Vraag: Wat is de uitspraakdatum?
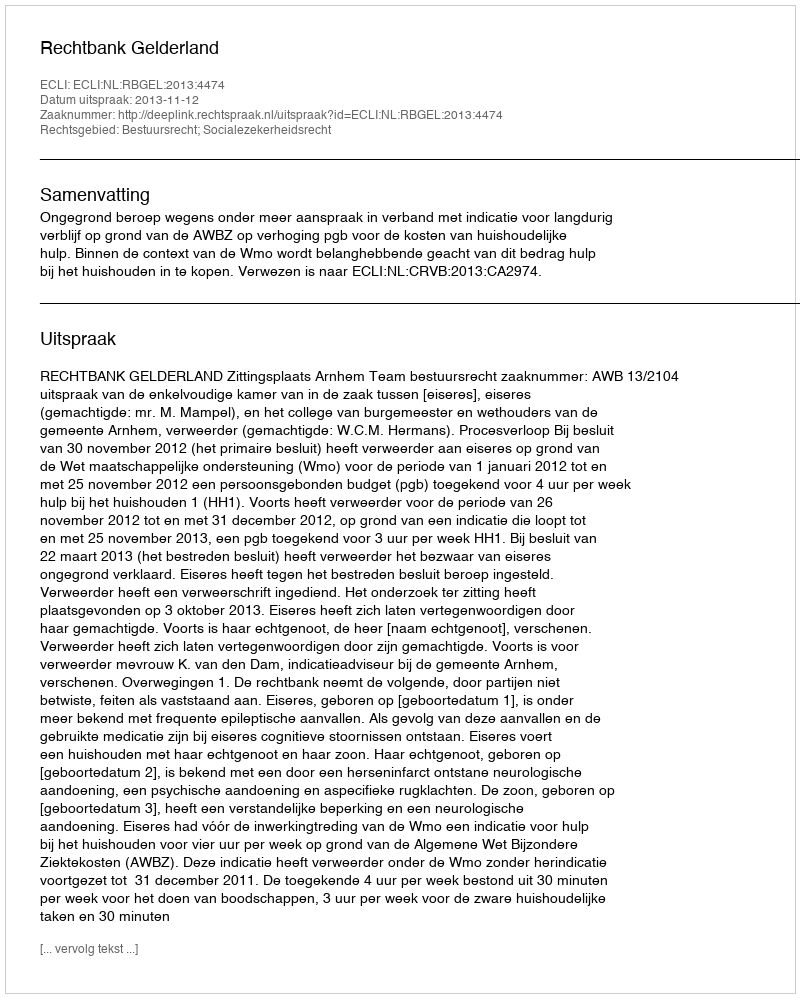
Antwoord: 2013-11-12